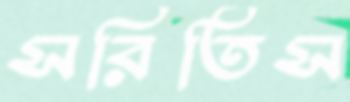
সরিতিস